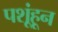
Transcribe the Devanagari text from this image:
पशूंहून